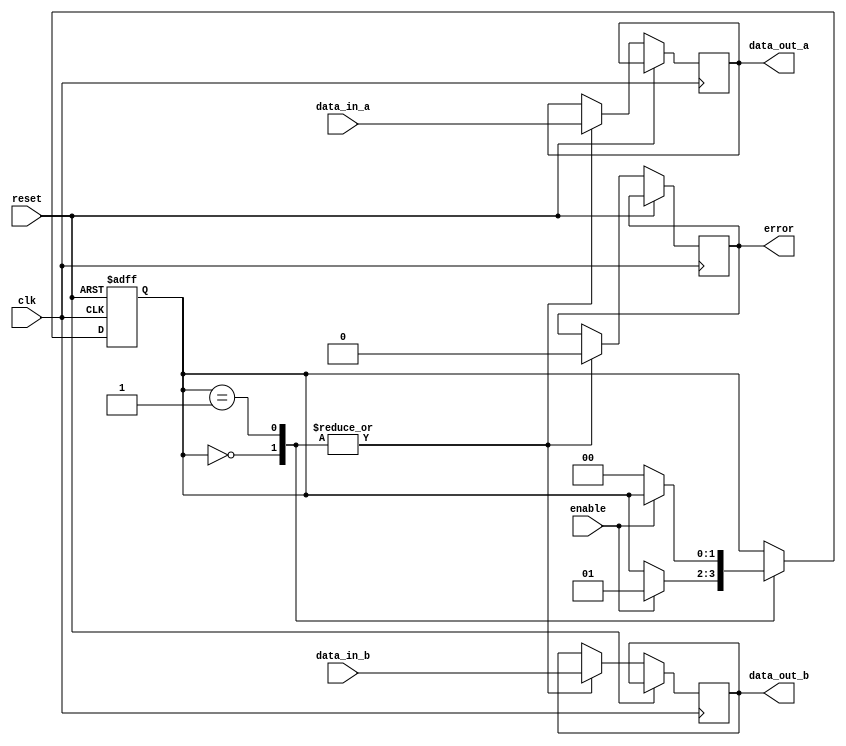
module timing_control_and_sync_2way_bypass_register (
    input wire clk,
    input wire reset,
    input wire data_in_a,
    input wire data_in_b,
    input wire enable,
    output reg data_out_a,
    output reg data_out_b,
    output reg error
);

reg [1:0] state;

always @ (posedge clk or posedge reset) begin
    if (reset) begin
        state <= 2'b00;
    end else begin
        case (state)
            2'b00: begin // Bypass both blocks
                data_out_a <= data_in_a;
                data_out_b <= data_in_b;
                error <= 0;
                if (enable) begin
                    state <= 2'b01;
                end
            end
            2'b01: begin // Sync both blocks
                data_out_a <= data_in_a;
                data_out_b <= data_in_b;
                error <= 0;
                if (!enable) begin
                    state <= 2'b00;
                end
            end
        endcase
    end
end

endmodule